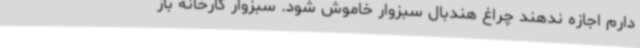
دارم اجازه ندهند چراغ هندبال سبزوار خاموش شود. سبزوار کارخانه باز